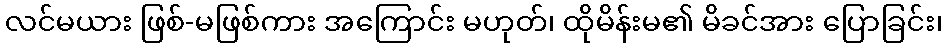
လင်မယား ဖြစ်-မဖြစ်ကား အကြောင်း မဟုတ်၊ ထိုမိန်းမ၏ မိခင်အား ပြောခြင်း၊